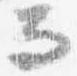
而